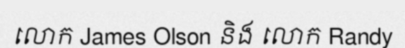
លោក James Olson និង លោក Randy